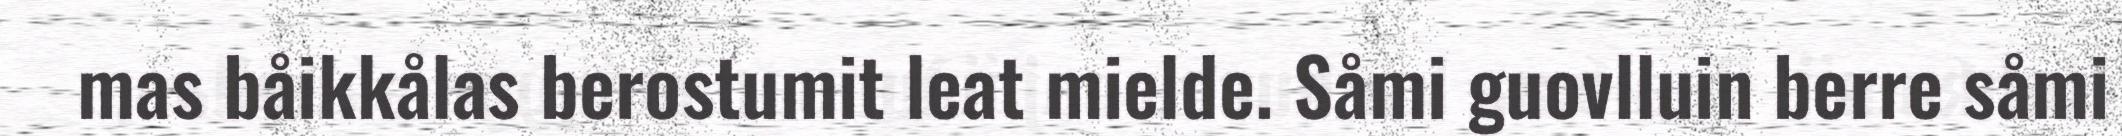
mas båikkålas berostumit leat mielde. Såmi guovlluin berre såmi